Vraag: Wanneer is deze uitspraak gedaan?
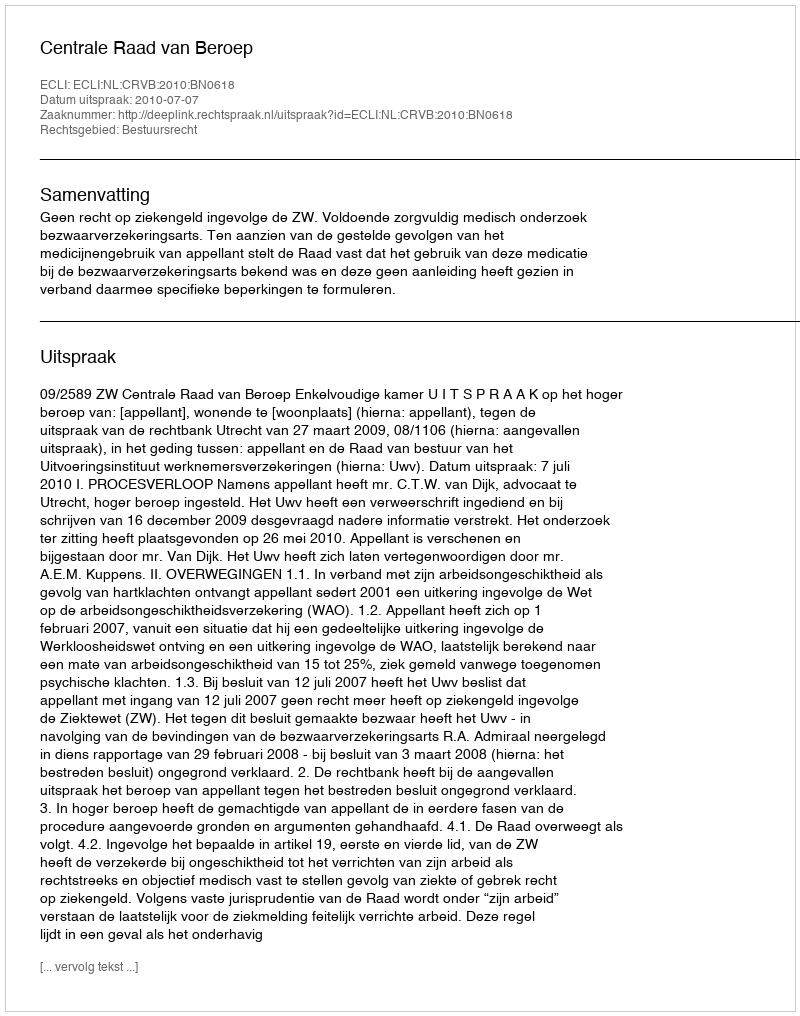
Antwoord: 2010-07-07